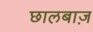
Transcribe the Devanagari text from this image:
छालबाज़